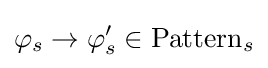
\varphi _{s}\to \varphi '_{s}\in \mathrm {Pattern} _{s}